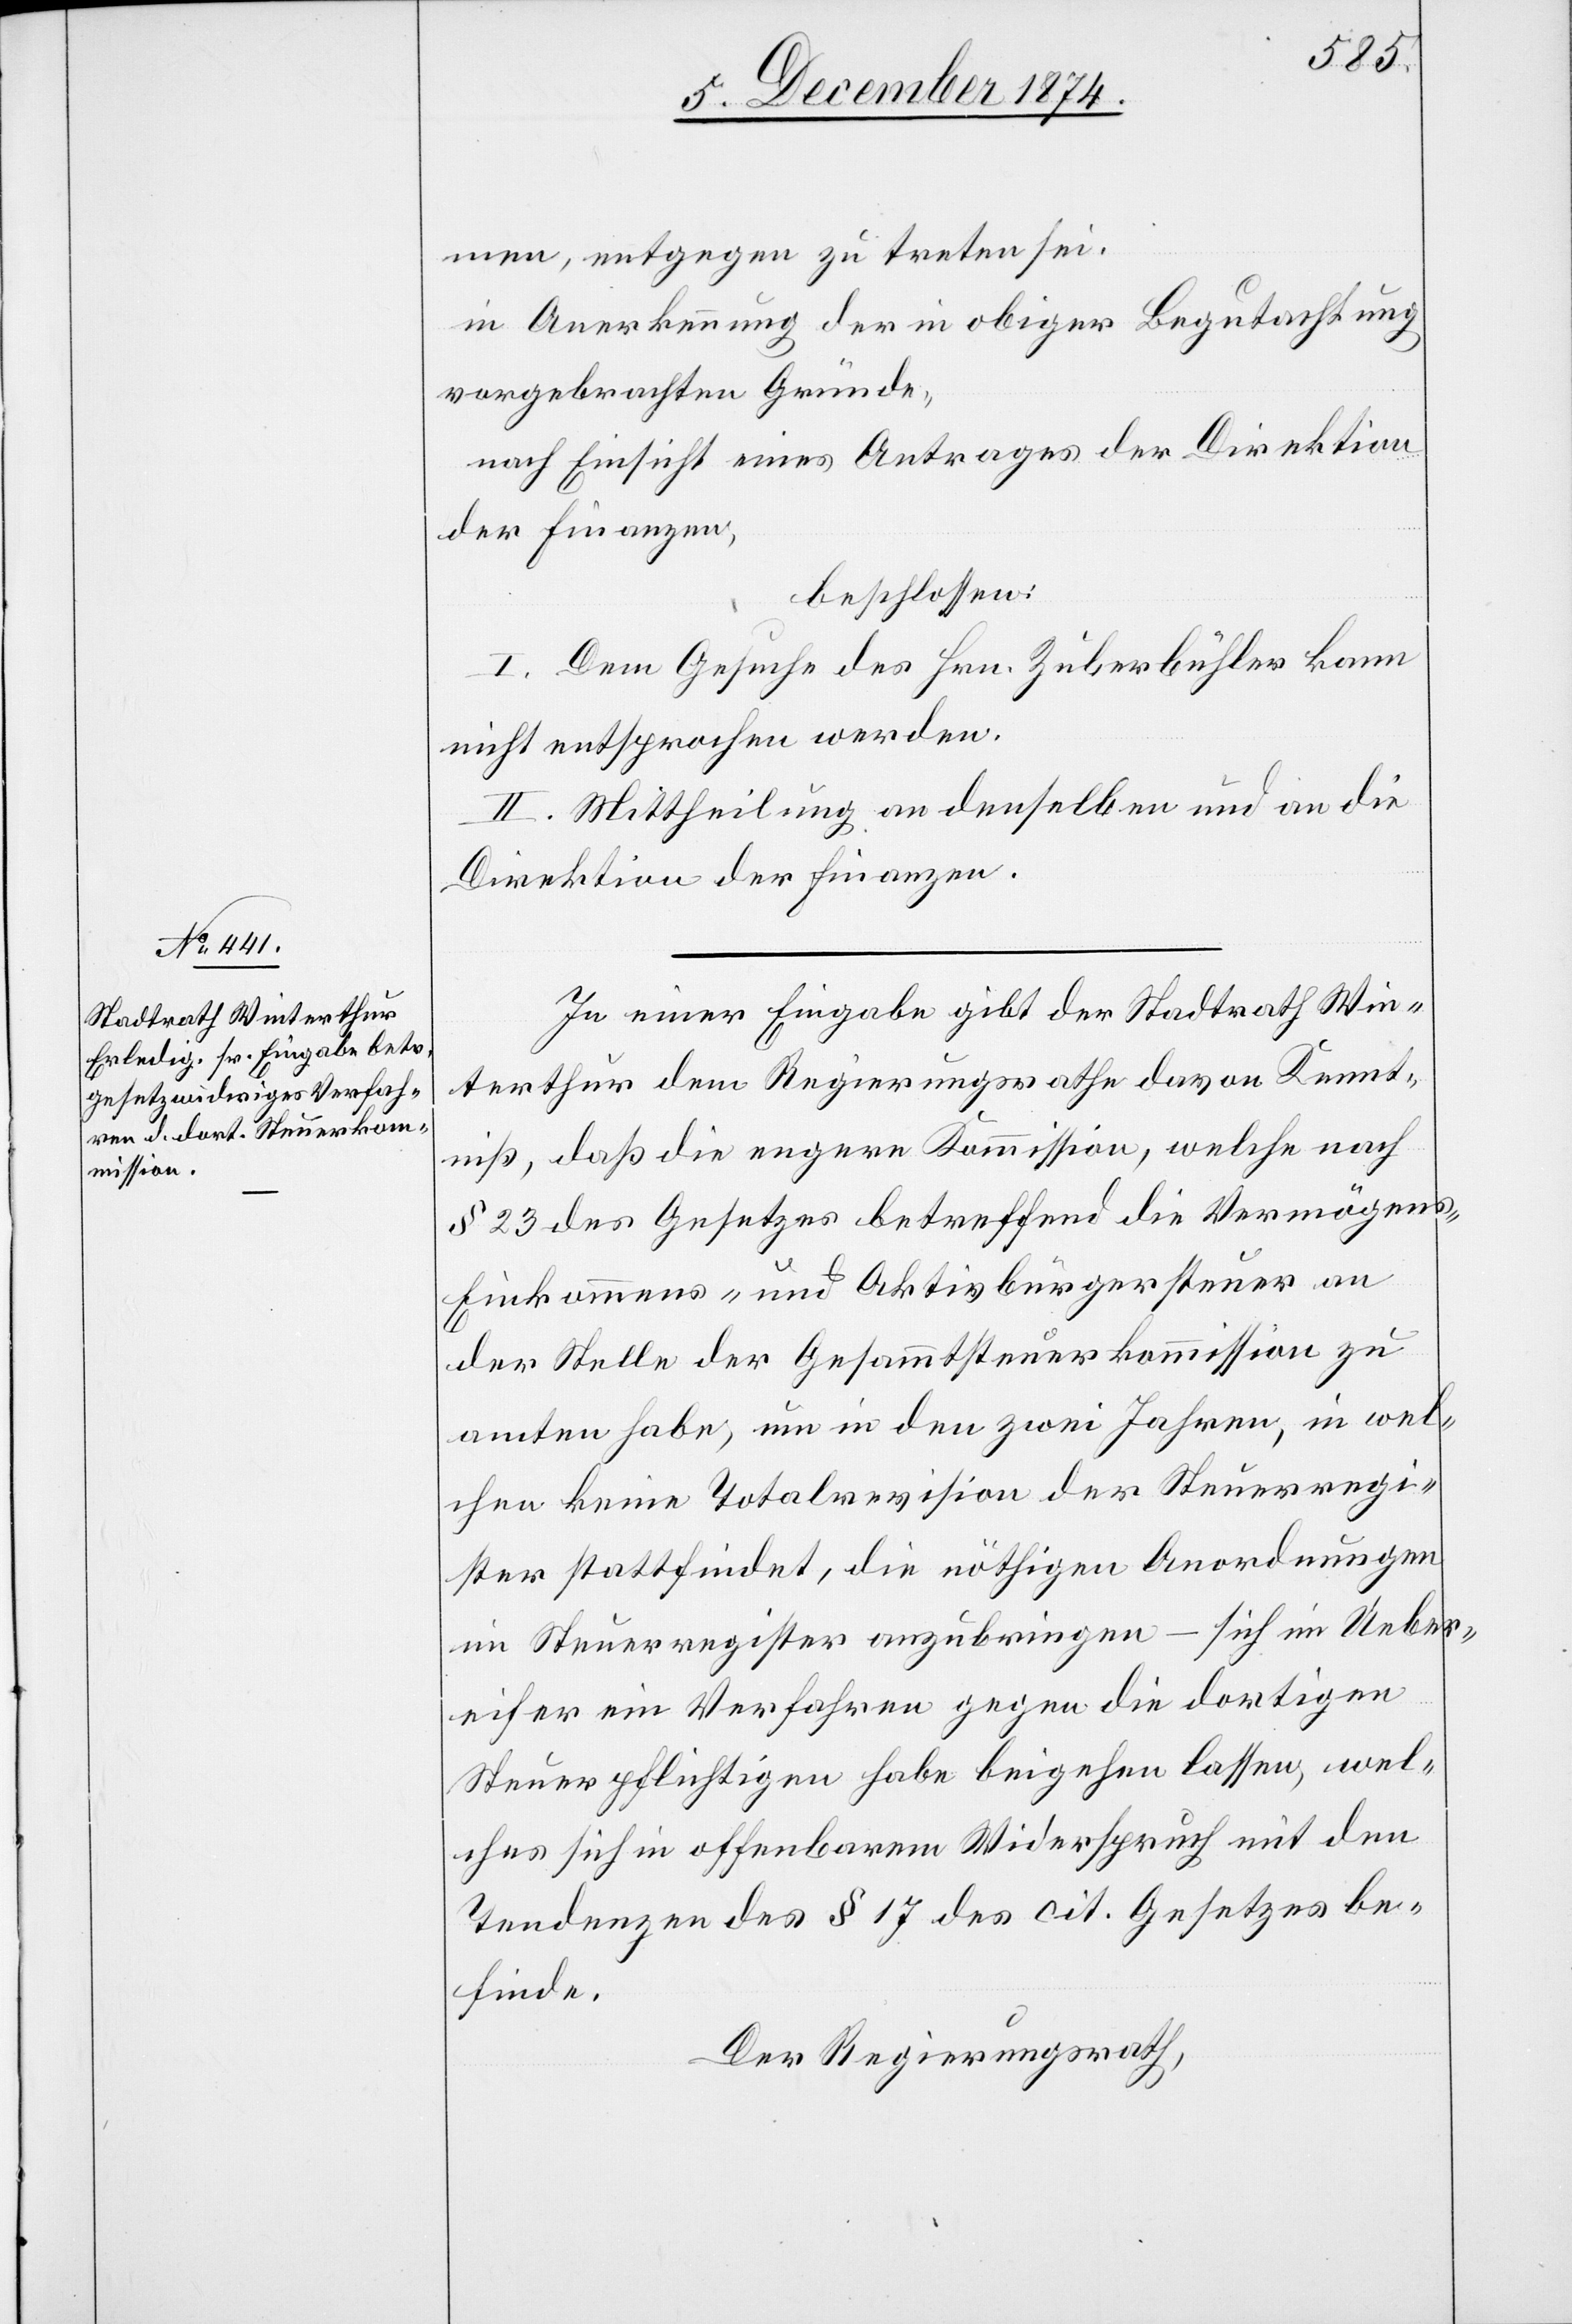
men, entgegen zu treten sei,
in Anerkennung der in obiger Begutachtung
vorgebrachten Gründe,
nach Einsicht eines Antrages der Direktion
der Finanzen,
beschlossen:
I. Dem Gesuche des Hrn. Zuberbühler kann
nicht entsprochen werden.
II. Mittheilung an denselben und an die
Direktion der Finanzen.
In einer Eingabe gibt der Stadtrath Win¬
terthur dem Regierungsrathe davon Kennt¬
niß, daß die engere Kommission, welche nach
§ 23 des Gesetzes betreffend die Vermögens-[,]
Einkommens- und Aktivbürgersteuer an
der Stelle der Gesammtsteuerkommission zu
amten habe, um in den zwei Jahren, in wel¬
chen keine Totalrevision der Steuerregi¬
ster stattfindet, die nöthigen Anordnungen
im Steuerregister anzubringen – sich im Ueber¬
eifer ein Verfahren gegen die dortigen
Steuerpflichtigen habe beigehen lassen, wel¬
ches sich in offenbarem Widerspruch mit den
Tendenzen des § 17 des cit. Gesetzes be¬
finde.
Der Regierungsrath,